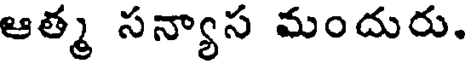
ఆత్మ సన్యాస మందురు.